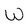
Character: w